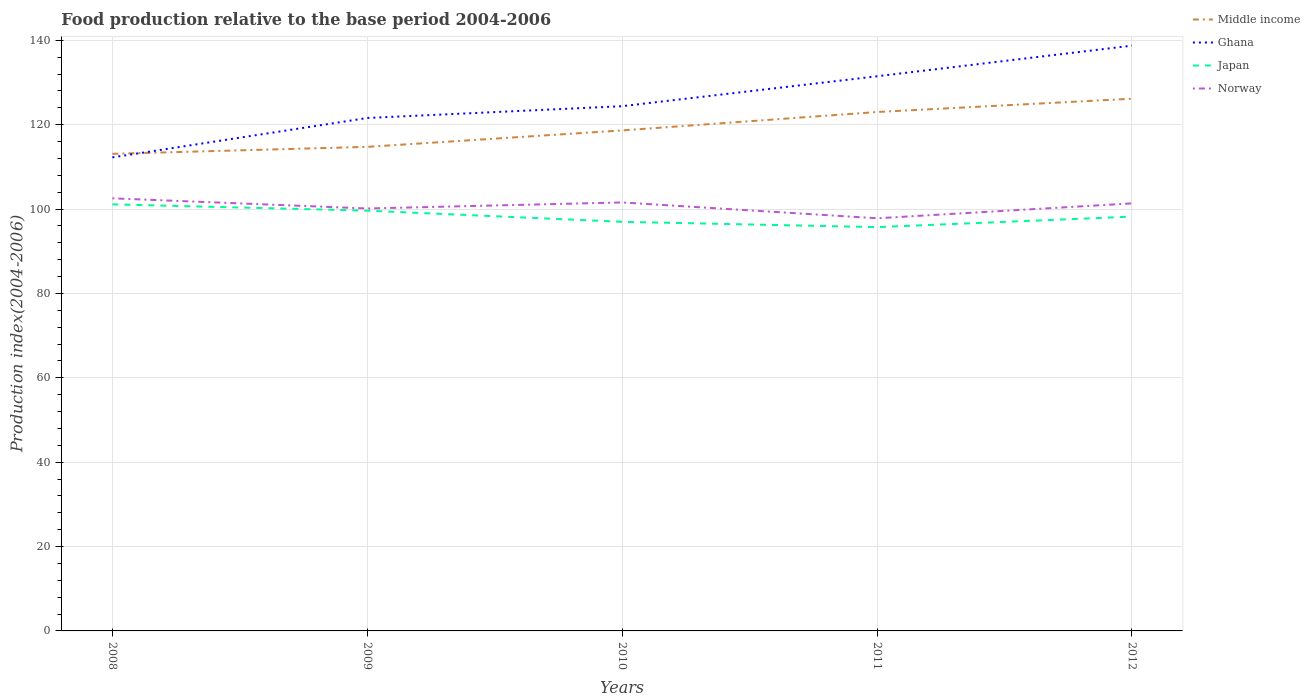
| Years | Middle income | Ghana | Japan | Norway |
 | --- | --- | --- | --- | --- |
 | 2008 | 113 | 112 | 101 | 103 |
 | 2009 | 115 | 122 | 99.6 | 100 |
 | 2010 | 119 | 124 | 97 | 102 |
 | 2011 | 123 | 131 | 95.7 | 97.8 |
 | 2012 | 126 | 139 | 98.2 | 101 |